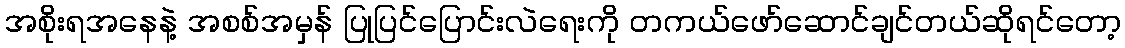
အစိုးရအနေနဲ့ အစစ်အမှန် ပြုပြင်ပြောင်းလဲရေးကို တကယ်ဖော်ဆောင်ချင်တယ်ဆိုရင်တော့